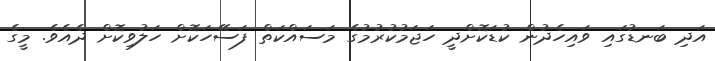
އަދި ބަނޑުގައި ވައިހެދުން ކުޑަކޮށްދީ ހަޖަމުކުރުމުގެ މަސައްކަތް ފަސޭހަކޮށް ހަލުވިކޮށް ދެއެވެ. މީގެ